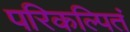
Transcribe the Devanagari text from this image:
परिकल्पितं